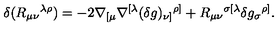
\delta ( R _ { \mu \nu } { } ^ { \lambda \rho } ) = - 2 \nabla _ { [ \mu } \nabla ^ { [ \lambda } ( \delta g ) _ { \nu ] } { } ^ { \rho ] } + R _ { \mu \nu } { } ^ { \sigma [ \lambda } \delta g _ { \sigma } { } ^ { \rho ] } { } .